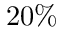
2 0 \%